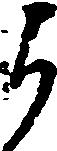
よ